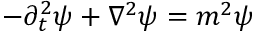
- \partial _ { t } ^ { 2 } \psi + \nabla ^ { 2 } \psi = m ^ { 2 } \psi